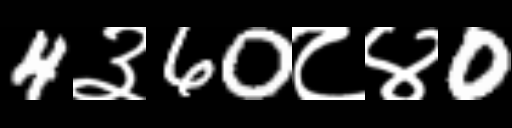
Text: 4३60८४0